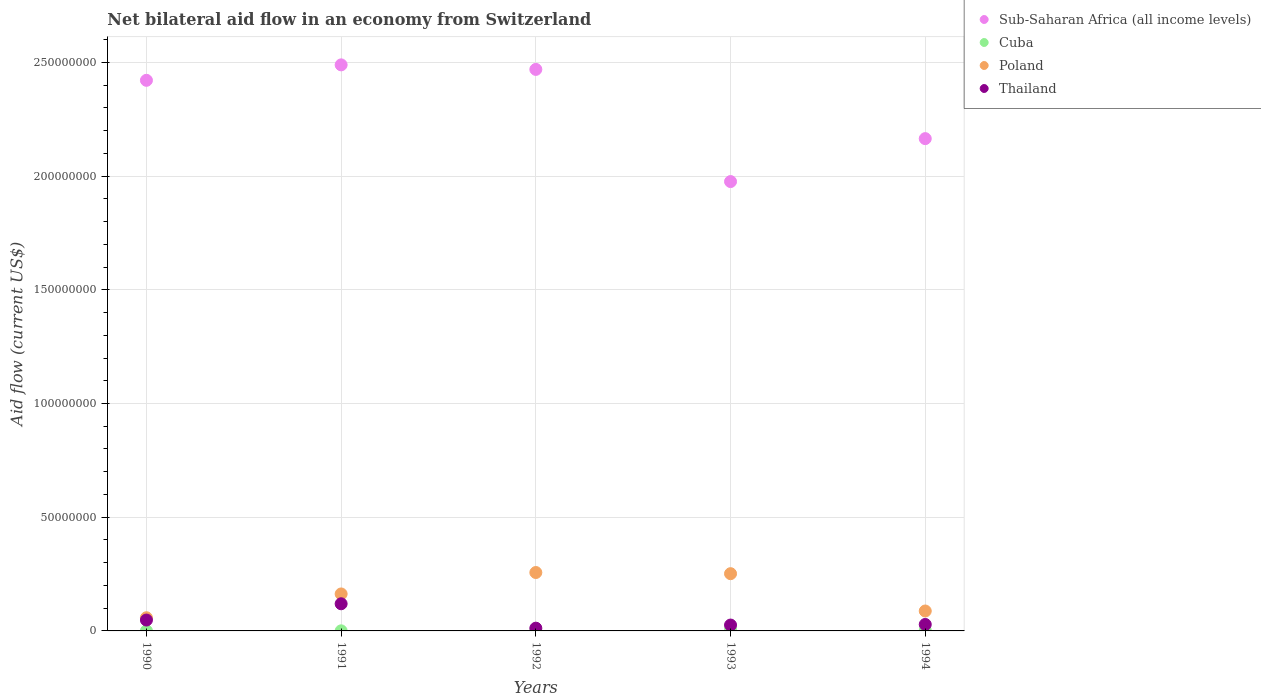
| Years | Sub-Saharan Africa (all income levels) | Cuba | Poland | Thailand |
 | --- | --- | --- | --- | --- |
 | 1990 | 2.42e+08 | 3e+04 | 5.79e+06 | 4.78e+06 |
 | 1991 | 2.49e+08 | 4e+04 | 1.63e+07 | 1.19e+07 |
 | 1992 | 2.47e+08 | 1.1e+05 | 2.57e+07 | 1.21e+06 |
 | 1993 | 1.98e+08 | 5.6e+05 | 2.52e+07 | 2.58e+06 |
 | 1994 | 2.16e+08 | 1.9e+05 | 8.76e+06 | 2.84e+06 |